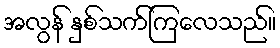
အလွန် နှစ်သက်ကြလေသည်။